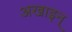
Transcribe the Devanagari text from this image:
अखाइन्